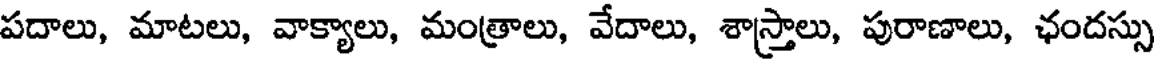
పదాలు, మాటలు, వాక్యాలు, మంత్రాలు, వేదాలు, శాస్త్రాలు, పురాణాలు, ఛందస్సు